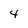
Character: 4